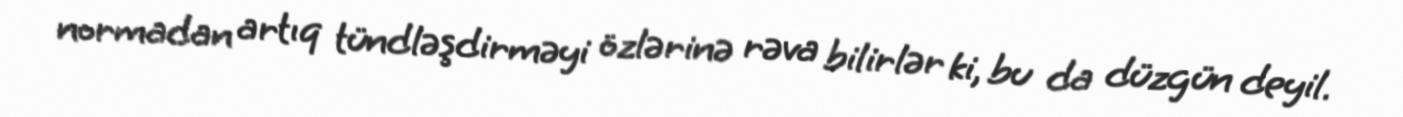
normadan artıq tündləşdirməyi özlərinə rəva bilirlər ki, bu da düzgün deyil.